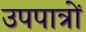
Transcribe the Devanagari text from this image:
उपपात्रों